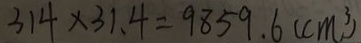
3 1 4 \times 3 1 . 4 = 9 8 5 9 . 6 ( c m ^ { 3 } )